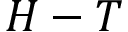
H - T